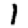
Digit: 1